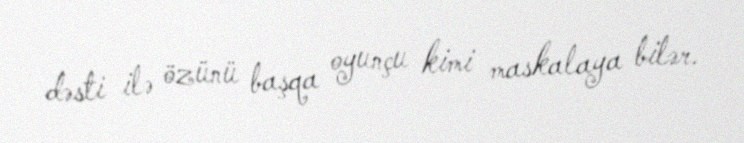
dəsti ilə özünü başqa oyunçu kimi maskalaya bilər.